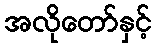
အလိုတော်နှင့်